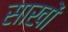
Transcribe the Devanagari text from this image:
साखों